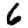
Digit: 6